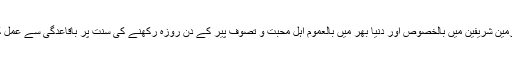
آج بھی حرمین شریفین میں بالخصوص اور دنیا بھر میں بالعموم اہلِ محبت و تصوف پیر کے دن روزہ رکھنے کی سنت پر باقاعدگی سے عمل کرتے ہیں۔